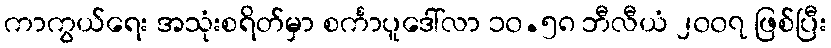
ကာကွယ်ရေး အသုံးစရိတ်မှာ စင်္ကာပူဒေါ်လာ ၁၀.၅၈ ဘီလီယံ ၂၀၀၇ ဖြစ်ပြီး